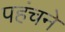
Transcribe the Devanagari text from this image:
पहंचने